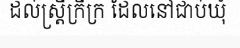
ដល់ស្ត្រីក្រីក្រ ដែលនៅជាប់ឃុំ